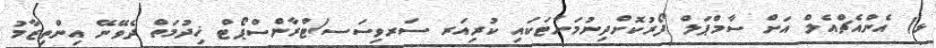
ޅ) އެންއެޗްއެލް އަށް ސާމްޕަލް ފޯރުކޮށްދިނުމަށްޓަކައި ކުރިއަރ ސަރވިސަސ/ޓްރާންސްޕޯޓް ޚިދުމަތް ދެވޭނޭ އިންތިޒާމު